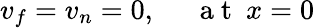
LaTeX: v_{f}=v_{n}=0,~~~~~\mathrm{~a~t~}~x=0